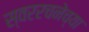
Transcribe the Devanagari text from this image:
स्वररचनेच्या